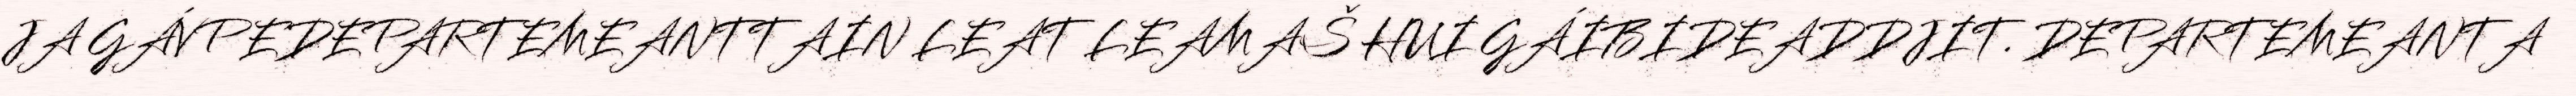
JA GÁVPEDEPARTEMEANTTAIN LEAT LEAMAŠ HUI GÁIBIDEADDJIT. DEPARTEMEANTA